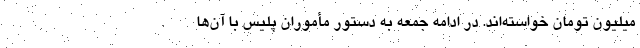
میلیون تومان خواسته‌اند. در ادامه جمعه به دستور مأموران پلیس با آن‌ها